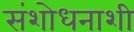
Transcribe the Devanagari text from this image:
संशोधनाशी